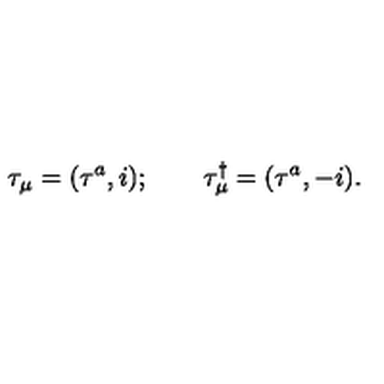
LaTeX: \tau _ { \mu } = ( \tau ^ { a } , i ) ; \qquad \tau _ { \mu } ^ { \dagger } = ( \tau ^ { a } , - i ) .